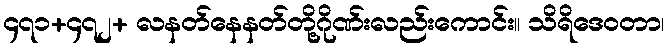
၄၇၁+၄၇၂+ လနတ်နေနတ်တို့ဂိုဏ်းလည်းကောင်း။ သိရိဒေဝတာ၊